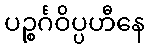
ပဉ္စင်္ဂဝိပ္ပဟီနေ